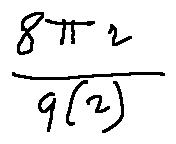
\frac { 8 \pi r } { q ( r ) }